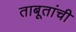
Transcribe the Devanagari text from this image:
ताबूतांची